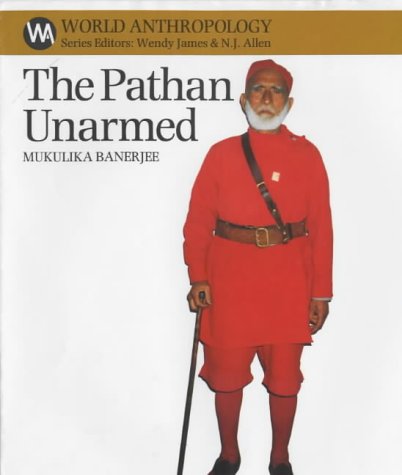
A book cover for The Pathan Unarmed (World Anthropology); Mukulika Banerjee; Literature & Fiction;